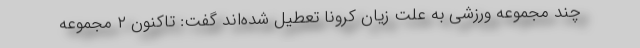
چند مجموعه ورزشی به علت زیان کرونا تعطیل شده‌اند گفت: تاکنون ۲ مجموعه